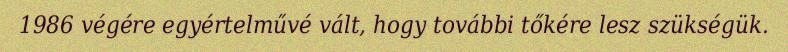
1986 végére egyértelművé vált, hogy további tőkére lesz szükségük.